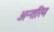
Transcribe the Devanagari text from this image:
अन्‍तरिम